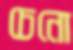
চেনো